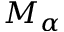
M _ { \alpha }